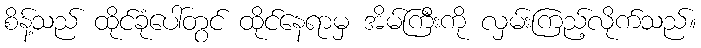
စိန့်သည် ထိုင်ခုံပေါ်တွင် ထိုင်နေရာမှ အိမ်ကြီးကို လှမ်းကြည့်လိုက်သည်။